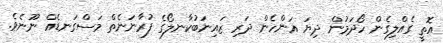
އޮތީ ގެއްލިގެން ހޯދަމުން ދިޔަ އަންހެން ދަރި ޒައިނަބުކާނލޯގެ ފުރާނަނެތް މަސްގަނޑެއް ނޫނެވެ.